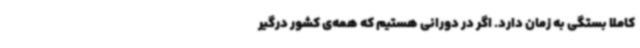
کاملا بستگی به زمان دارد. اگر در دورانی هستیم که همه‌ی کشور درگیر